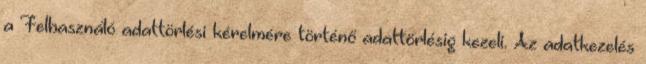
a Felhasználó adattörlési kérelmére történő adattörlésig kezeli. Az adatkezelés